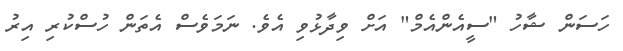
ހަސަން ޝާހު "ސީއެންއެމް" އަށް ވިދާޅުވި އެވެ. ނަމަވެސް އެތަން ހުސްކުރި އިރު